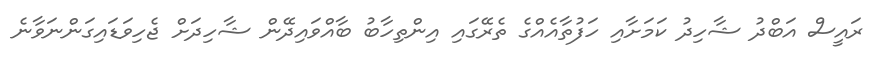
ރައީސް އަބްދު ޝާހިދު ކަމަށާއި ހަފުތާއެއްގެ ތެރޭގައި އިންތިހާބު ބާއްވައިދޭން ޝާހިދަށް ޖެހިވަޑައިގަންނަވާނެ